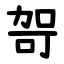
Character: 哿